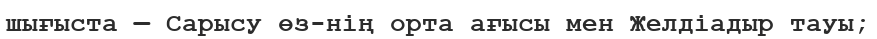
шығыста — Сарысу өз-нің орта ағысы мен Желдіадыр тауы;